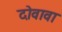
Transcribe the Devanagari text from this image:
दोवावा